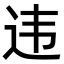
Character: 违